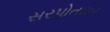
સરપોતદાર